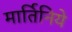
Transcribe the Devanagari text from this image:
मार्तिनिये